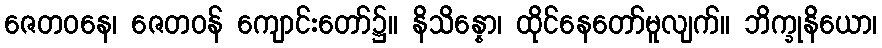
ဇေတဝနေ၊ ဇေတဝန် ကျောင်းတော်၌။ နိသိန္နော၊ ထိုင်နေတော်မူလျက်။ ဘိက္ခုနိယော၊